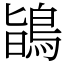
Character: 鴲